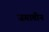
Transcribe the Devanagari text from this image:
जगातीन